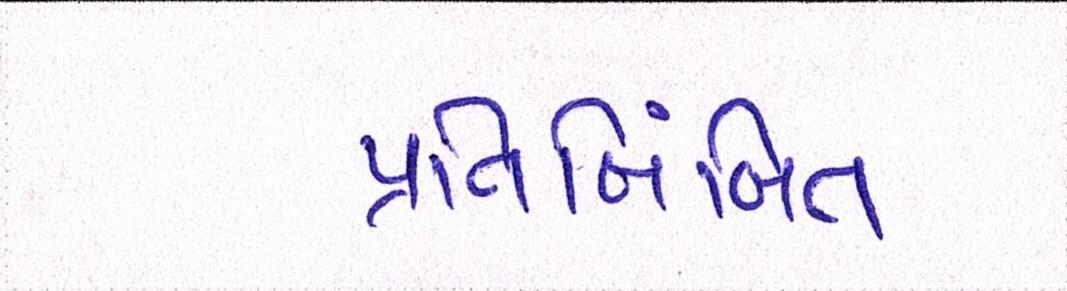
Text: પ્રતિબિંબિત